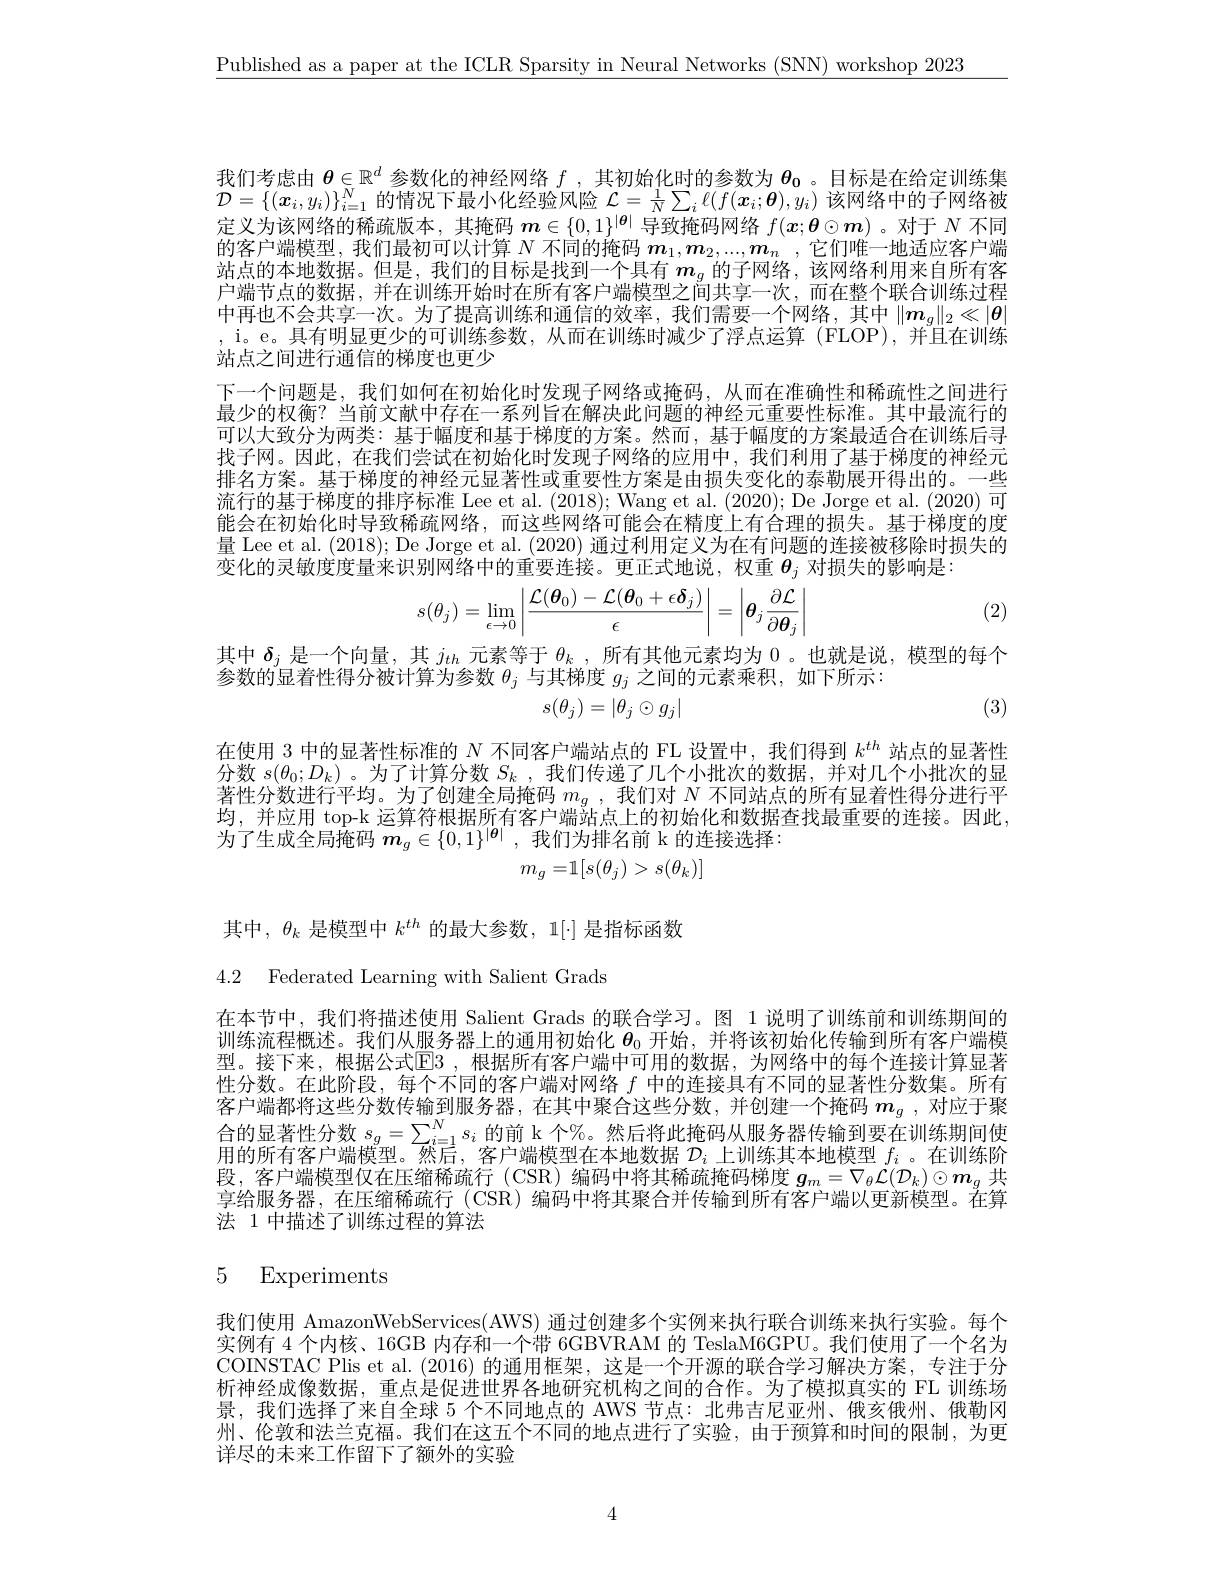
$\underline{\text{Published as a paper at the ICLR Sparsity in Neural Networks (SNN) workshop 2023}}$

我们考虑由$\boldsymbol{\theta}\in\mathbb{R}^d$参数化的神经网络$f$,其初始化时的参数为$\boldsymbol{\theta}_0$ 。目标是在给定训练集$\mathcal{D}=\{(\boldsymbol{x}_i,y_i)\}_{i=1}^N$的情况下最小化经验风险$\mathcal{L}=\frac1N\sum_i\ell(f(\boldsymbol{x}_i;\boldsymbol{\theta}),y_i)$该网络中的子网络被定义为该网络的稀疏版本，其掩码$\boldsymbol{m}\in\{0,1\}^{|\boldsymbol{\theta}|}$导致掩码网络$f(x;\boldsymbol{\theta}\odot\boldsymbol{m})$ 。对于$N$不同的客户端模型，我们最初可以计算$N$不同的掩码$\boldsymbol m_1,\boldsymbol m_2,...,\boldsymbol{m}_n$ ,它们唯一地适应客户端站点的本地数据。但是，我们的目标是找到一个具有$m_g$的子网络，该网络利用来自所有客户端节点的数据，并在训练开始时在所有客户端模型之间共享一次，而在整个联合训练过程中再也不会共享一次。为了提高训练和通信的效率，我们需要一个网络，其中$\|\boldsymbol{m}_g\|_2\ll|\boldsymbol{\theta}|$ , i。e。具有明显更少的可训练参数，从而在训练时减少了浮点运算(FLOP),并且在训练站点之间进行通信的梯度也更少
下一个问题是，我们如何在初始化时发现子网络或掩码，从而在准确性和稀疏性之间进行最少的权衡？当前文献中存在一系列旨在解决此问题的神经元重要性标准。其中最流行的可以大致分为两类：基于幅度和基于梯度的方案。然而，基于幅度的方案最适合在训练后寻找子网。因此，在我们尝试在初始化时发现子网络的应用中，我们利用了基于梯度的神经元排名方案。基于梯度的神经元显著性或重要性方案是由损失变化的泰勒展开得出的。一些流行的基于梯度的排序标准 Lee et al. (2018); Wang et al. (2020); De Jorge et al. (2020) 可能会在初始化时导致稀疏网络，而这些网络可能会在精度上有合理的损失。基于梯度的度量 Lee et al. (2018); De Jorge et al. (2020) 通过利用定义为在有问题的连接被移除时损失的变化的灵敏度度量来识别网络中的重要连接。更正式地说，权重$\boldsymbol{\theta}_j$对损失的影响是：
$$s(\theta_j)=\lim\limits_{\epsilon\to0}\left|\frac{\mathcal{L}(\boldsymbol{\theta}_0)-\mathcal{L}(\boldsymbol{\theta}_0+\epsilon\boldsymbol{\delta}_j)}{\epsilon}\right|=\left|\boldsymbol{\theta}_j\frac{\partial\mathcal{L}}{\partial\boldsymbol{\theta}_j}\right|$$
(2)

其中$\delta_j$是一个向量，其$j_th$元素等于$\theta_k$ ,所有其他元素均为0 。也就是说，模型的每个
参数的显着性得分被计算为参数$\theta_j$与其梯度$g_j$之间的元素乘积，如下所示：
$$s(\theta_j)=|\theta_j\odot g_j|$$
(3)

在使用 3 中的显著性标准的$N$不同客户端站点的 FL 设置中，我们得到$k^{th}$站点的显著性分数$s(\theta_0;D_k)$。为了计算分数$S_k$ ,我们传递了几个小批次的数据，并对几个小批次的显著性分数进行平均。为了创建全局掩码$m_g$ , 我们对$N$不同站点的所有显着性得分进行平均，并应用 top-k 运算符根据所有客户端站点上的初始化和数据查找最重要的连接。因此， 为了生成全局掩码$\boldsymbol m_g\in\{0,1\}^{|\boldsymbol{\theta}|}$,我们为排名前 k 的连接选择：
$$m_g=\mathbb{1}[s(\theta_j)>s(\theta_k)]$$
其中，$\theta_k$是模型中$k^th$的最大参数，1[·] 是指标函数

4.2 Federated Learning with Salient Grads

在本节中，我们将描述使用 Salient Grads 的联合学习。图 1 说明了训练前和训练期间的训练流程概述。我们从服务器上的通用初始化$\boldsymbol{\theta}_0$开始，并将该初始化传输到所有客户端模型。接下来，根据公式E3 ,根据所有客户端中可用的数据，为网络中的每个连接计算显著性分数。在此阶段，每个不同的客户端对网络$f$中的连接具有不同的显著性分数集。所有客户端都将这些分数传输到服务器，在其中聚合这些分数，并创建一个掩码$m_g$ ,对应于聚合的显著性分数 $s_g=\sum_{i=1}^Ns_i$ 的前 k个%。然后将此掩码从服务器传输到要在训练期间使用的所右夜户泄错刑一座三$^{n-1}$家广兴措刑女本地数据$\mathcal{T}$上训练甘木地横刑 $f$ 太训练队用的所有客户端模型。然后，客户端模型在本地数据$\mathcal{D}_i$上训练其本地模型$f_i$ 。在训练阶段，客户端模型仅在压缩稀疏行(CSR)编码中将其稀疏掩码梯度$g_m=\nabla_\theta\dot{\mathcal{L}}(\mathcal{D}_k)\odot\boldsymbol{m}_g$共享给服务器、在压缩稀疏行(CSR)编码中将其聚合并传输到所有客户端以电新模型。在算法 1 中描述了训练过程的算法

## 5 Experiments

我们使用 AmazonWebServices( AWS) 通过创建多个实例来执行联合训练来执行实验。每个实例有 4 个内核、16GB 内存和一个带 6GBVRAM 的 TeslaM6GPU。我们使用了一个名为COINSTAC Plis et al. (2016) 的通用框架，这是一个开源的联合学习解决方案，专注于分析神经成像数据，重点是促进世界各地研究机构之间的合作。为了模拟真实的 FL 训练场景，我们选择了来自全球 5 个不同地点的 AWS 节点：北弗吉尼亚州、俄亥俄州、俄勒冈州、伦敦和法兰克福。我们在这五个不同的地点进行了实验，由于预算和时间的限制，为更详尽的未来工作留下了额外的实验

4